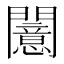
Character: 𫔪